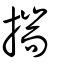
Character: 揣